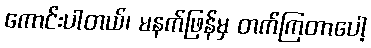
ကောင်းပါတယ်၊ မနက်ဖြန်မှ တက်ကြတာပေါ့